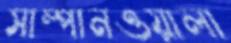
সাম্পানওয়ালা